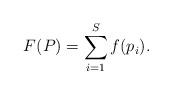
LaTeX: \begin{align*}F(P) = \sum_{i = 1}^S f(p_i).\end{align*}